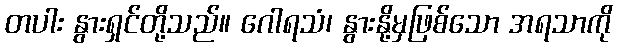
တပါး နွားရှင်တို့သည်။ ဂေါရသံ၊ နွားနို့မှဖြစ်သော အရသာကို